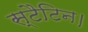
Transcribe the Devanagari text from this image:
स्टैटिन।